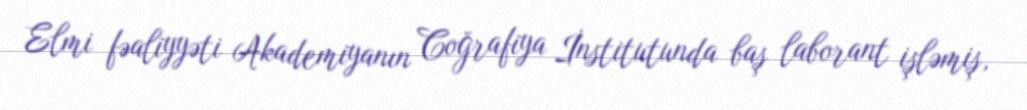
Elmi fəaliyyəti Akademiyanın Coğrafiya İnstitutunda baş laborant işləmiş,